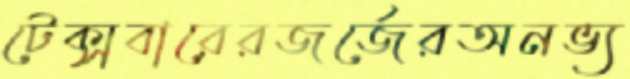
টেক্সবারেরজর্জেরঅনভ্য